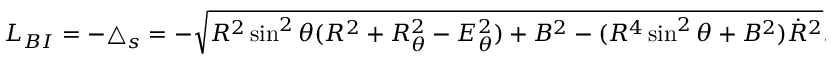
{ \cal L } _ { B I } = - \bigtriangleup _ { s } = - \sqrt { R ^ { 2 } \sin ^ { 2 } \theta ( R ^ { 2 } + R _ { \theta } ^ { 2 } - E _ { \theta } ^ { 2 } ) + B ^ { 2 } - ( R ^ { 4 } \sin ^ { 2 } \theta + B ^ { 2 } ) \dot { R } ^ { 2 } } .